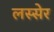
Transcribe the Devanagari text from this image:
लस्सेर